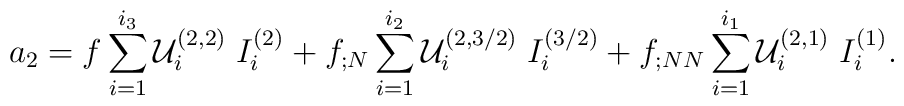
a_{2}=f\sum_{i=1}^{i_{3}}{\cal U}_{i}^{(2,2)} \; I_{i}^{(2)}+f_{;N}\sum_{i=1}^{i_{2}}{\cal U}_{i}^{(2,3/2)} \; I_{i}^{(3/2)} +f_{;NN}\sum_{i=1}^{i_{1}}{\cal U}_{i}^{(2,1)} \; I_{i}^{(1)}.